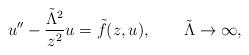
LaTeX: \begin{align*}u''-{\tilde\Lambda^2\over z^2}u=\tilde f(z,u),\qquad\tilde\Lambda\to\infty,\end{align*}